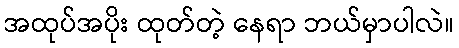
အထုပ်အပိုး ထုတ်တဲ့ နေရာ ဘယ်မှာပါလဲ။